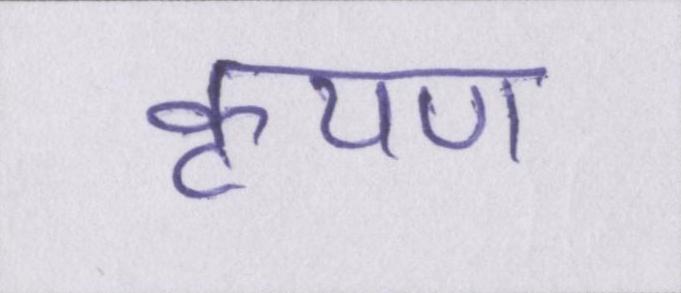
कृपण